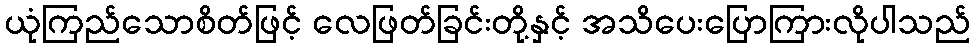
ယုံကြည်သောစိတ်ဖြင့် လေဖြတ်ခြင်းတို့နှင့် အသိပေးပြောကြားလိုပါသည်